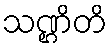
သဏ္ဌိတိ